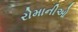
રોમાનીઓ